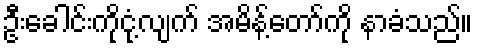
ဦးခေါင်းကိုငုံ့လျက် အမိန့်တော်ကို နာခံသည်။